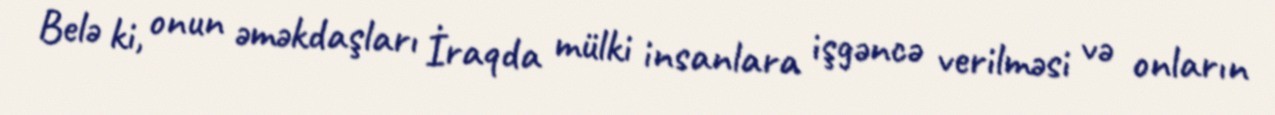
Belə ki, onun əməkdaşları İraqda mülki insanlara işgəncə verilməsi və onların